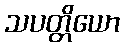
သပတ္တိယော